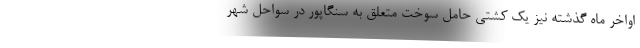
اواخر ماه گذشته نیز یک کشتی حامل سوخت متعلق به سنگاپور در سواحل شهر